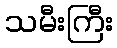
သမီးကြီး